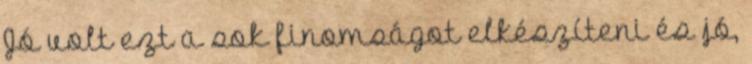
Jó volt ezt a sok finomságot elkészíteni és jó,